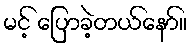
မင့် ပြောခဲ့တယ်နော်။